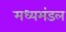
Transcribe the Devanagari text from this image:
मध्यमंडल